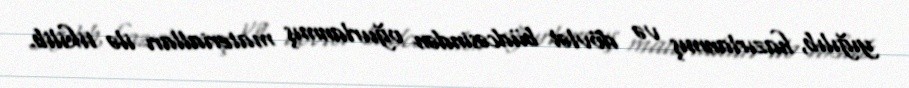
yığılıb, hazırlanmış və dövlət büdcəsindən oğurlanmış materialları ilə tikilib.